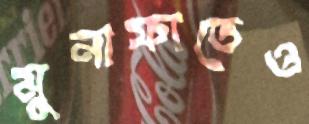
মুনাফাতেও